Report on the lunatic asylums under the Government of Bombay - 1904-1913
Year: 1904
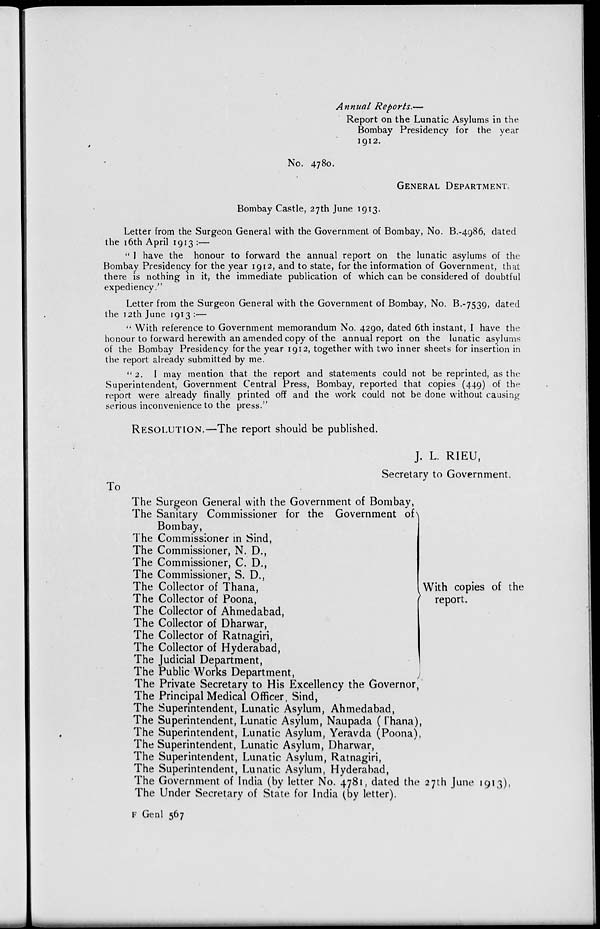
Annual Reports.—
Report on the Lunatic Asylums in the
Bombay Presidency for the year
1912.
No. 4780.
GENERAL DEPARTMENT.
Bombay Castle, 27th June 1913.
Letter from the Surgeon General with the Government of Bombay, No. B.-4986, dated
the 16th April 1913 :—
" I have the honour to forward the annual report on the lunatic asylums of the
Bombay Presidency for the year 1912, and to state, for the information of Government, that
there is nothing in it, the immediate publication of which can be considered of doubtful
expediency."
Letter from the Surgeon General with the Government of Bombay, No. B.-7539, dated
the 12th June 1913 :—
" With reference to Government memorandum No. 4290, dated 6th instant, I have the
honour to forward herewith an amended copy of the annual report on the lunatic asylums
of the Bombay Presidency for the year 1912, together with two inner sheets for insertion in
the report already submitted by me.
" 2. I may mention that the report and statements could not be reprinted, as the
Superintendent, Government Central Press, Bombay, reported that copies (449) of the
report were already finally printed off and the work could not be done without causing
serious inconvenience to the press."
RESOLUTION.—The report should be published.
J. L. RIEU,
Secretary to Government.
To
The Surgeon General with the Government of Bombay,
The Sanitary Commissioner for the Government of
Bombay,
The Commissioner in Sind,
The Commissioner, N. D.,
The Commissioner, C. D.,
The Commissioner, S. D.,
The Collector of Thana,
The Collector of Poona,
The Collector of Ahmedabad,
The Collector of Dharwar,
The Collector of Ratnagiri,
The Collector of Hyderabad,
The Judicial Department,
The Public Works Department,
With copies of the
report.
The Private Secretary to His Excellency the Governor,
The Principal Medical Officer, Sind,
The Superintendent, Lunatic Asylum, Ahmedabad,
The Superintendent, Lunatic Asylum, Naupada ( Thana),
The Superintendent, Lunatic Asylum, Yeravda (Poona),
The Superintendent, Lunatic Asylum, Dharwar,
The Superintendent, Lunatic Asylum, Ratnagiri,
The Superintendent, Lunatic Asylum, Hyderabad,
The Government of India (by letter No. 4781, dated the 27th June 1913),
The Under Secretary of State for India (by letter).
F Genl 567